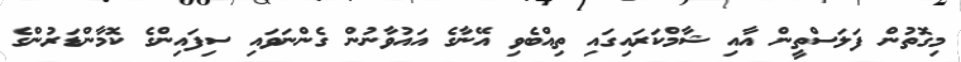
މިގޮތުން ފަލަސްތީން އާއި ޝާމްކަރައިގައި ތިއްބެވި އޭނާގެ އައުވާނުން ގެންނަވައި ސިފައިންގެ ކޮމާންޑަރުންގެ